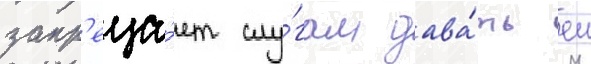
запр'еща́ет слу́гам дава́ть еи